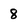
Character: 8